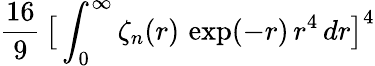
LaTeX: \frac{16}{9}\, \big[\int_{0}^{\infty}\zeta_{n}(r)\, \exp(-r)\, r^{4}\, dr\big]^{4}